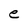
Character: e